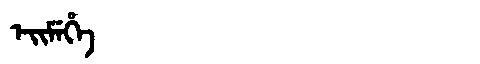
Manchu: ᡝᡳᠮᡝᡥᡝ
Romanization: EIMEHE